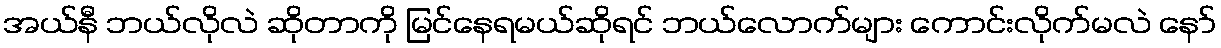
အယ်နီ ဘယ်လိုလဲ ဆိုတာကို မြင်နေရမယ်ဆိုရင် ဘယ်လောက်များ ကောင်းလိုက်မလဲ နော်